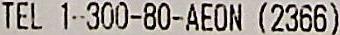
TEL 1-300-80-AEON (2366)